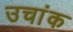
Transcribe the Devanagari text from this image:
उचांक